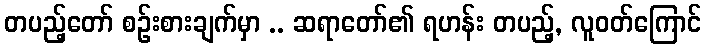
တပည့်တော် စဉ်းစားချက်မှာ .. ဆရာတော်၏ ရဟန်း တပည့်, လူဝတ်ကြောင်